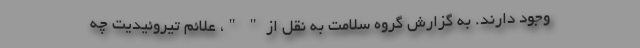
وجود دارند. به گزارش گروه سلامت به نقل از " "، علائم تیروئیدیت چه